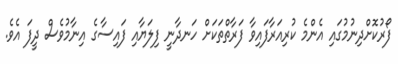
ފޯރުކޮށްދިނުމުގައި އެންމެ ކުރިއަރާފައިވާ ފަރާތްތަކަށް ހަނދާނީ ފިލަޔާއި ފައިސާގެ އިނާމުވެސް ދީފަ އެވެ.